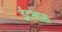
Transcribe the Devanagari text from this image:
ईद्भास